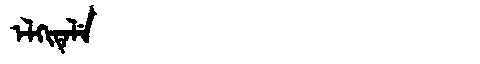
Manchu: ᡝᠯᡴᡳᡨᡝᠯᡝ
Romanization: ELKITELE